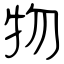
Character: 物